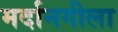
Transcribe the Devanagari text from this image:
मर्दानगीला